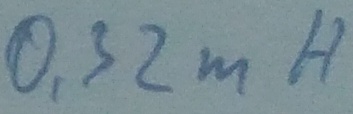
Text: 0,32mH